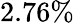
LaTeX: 2.76\%